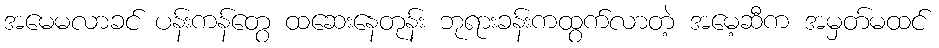
အမေမလာခင် ပန်းကန်တွေ ထဆေးနေတုန်း ဘုရားခန်းကထွက်လာတဲ့ အမေ့ဆီက အမှတ်မထင်